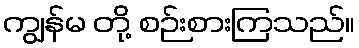
ကျွန်မ တို့ စဉ်းစားကြသည်။